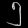
Digit: ၅